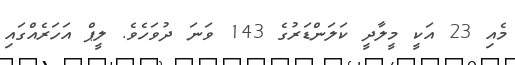
މެއި 23 އަކީ މީލާދީ ކަލަންޑަރުގެ 143 ވަނަ ދުވަހެވެ. ލީޕް އަހަރެއްގައި